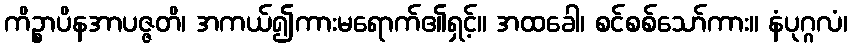
ကိဉ္စာပိနအာပဇ္ဇတိ၊ အကယ်၍ကားမရောက်၏ရှင့်။ အထခေါ၊ စင်စစ်သော်ကား။ နံပုဂ္ဂလံ၊